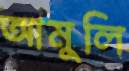
আমুলি